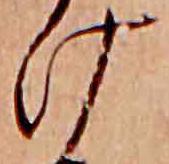
け